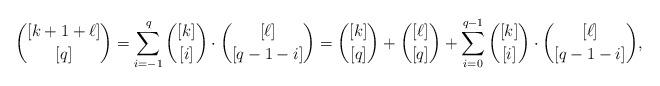
LaTeX: \begin{align*}{[k+1+\ell]\choose[q]}=\sum_{i=-1}^{q}{[k]\choose[i]}\cdot{[\ell]\choose[q-1-i]}={[k]\choose[q]}+{[\ell]\choose[q]}+\sum_{i=0}^{q-1}{[k]\choose[i]}\cdot{[\ell]\choose[q-1-i]},\end{align*}